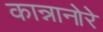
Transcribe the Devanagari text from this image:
कान्नानोरे